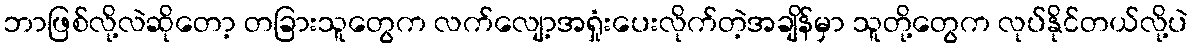
ဘာဖြစ်လို့လဲဆိုတော့ တခြားသူတွေက လက်လျော့အရှုံးပေးလိုက်တဲ့အချိန်မှာ သူတို့တွေက လုပ်နိုင်တယ်လို့ပဲ